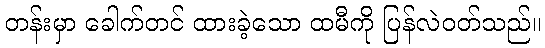
တန်းမှာ ခေါက်တင် ထားခဲ့သော ထမီကို ပြန်လဲဝတ်သည်။